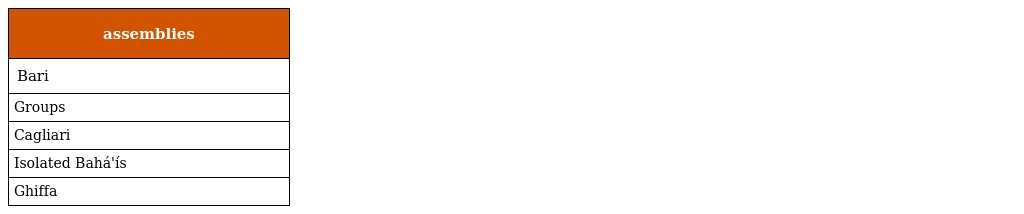
| assemblies |
 | --- |
 | Bari |
 | Groups |
 | Cagliari |
 | Isolated Bahá'ís |
 | Ghiffa |